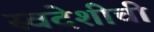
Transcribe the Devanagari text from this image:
स्वदेशीची